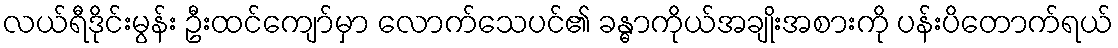
လယ်ရီဒိုင်းမွန်း ဦးထင်ကျော်မှာ လောက်သေပင်၏ ခန္ဓာကိုယ်အချိုးအစားကို ပန်းပိတောက်ရယ်